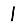
Digit: 1